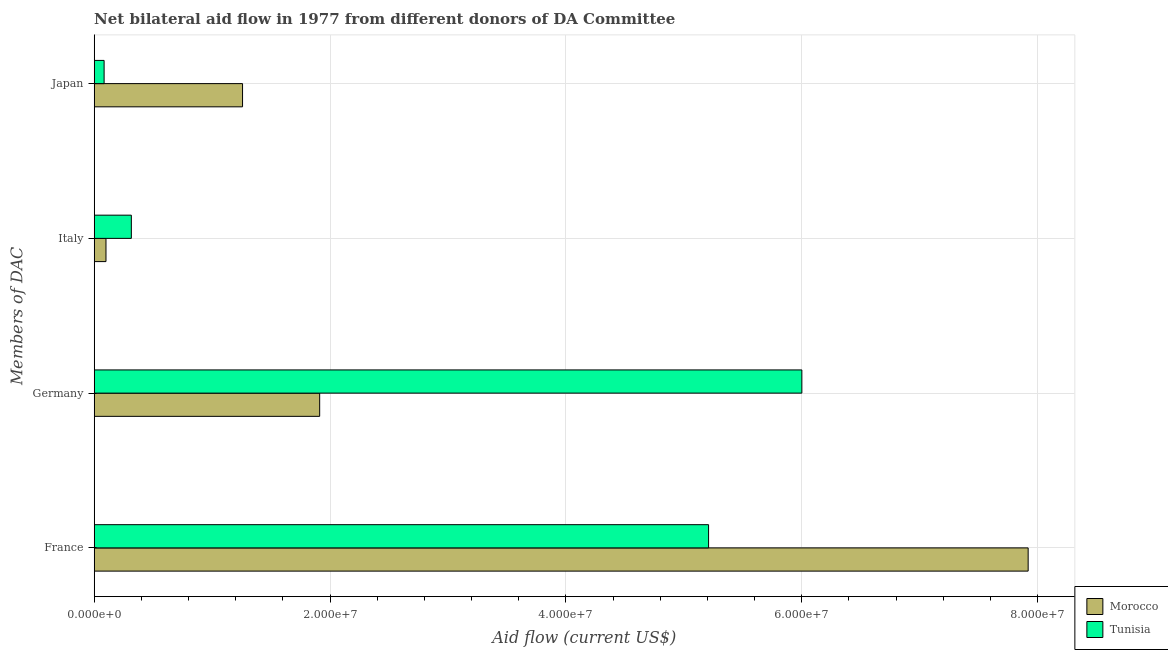
| Members of DAC | Morocco | Tunisia |
 | --- | --- | --- |
 | France | 7.92e+07 | 5.21e+07 |
 | Germany | 1.91e+07 | 6e+07 |
 | Italy | 1e+06 | 3.15e+06 |
 | Japan | 1.26e+07 | 8.4e+05 |